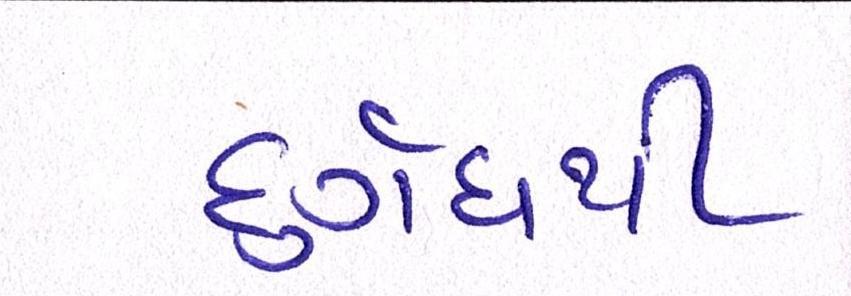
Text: દુર્ગંધથી